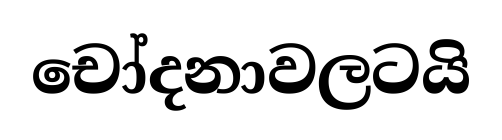
චෝදනාවලටයි